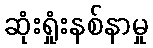
ဆုံးရှုံးနစ်နာမှု